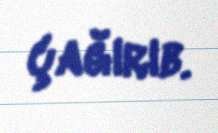
çağırıb.